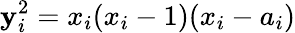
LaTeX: \mathbf{y}_{i}^{2}=x_{i}(x_{i}-1)(x_{i}-a_{i})